Source: Handwritten
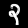
Digit: ၃ (3)